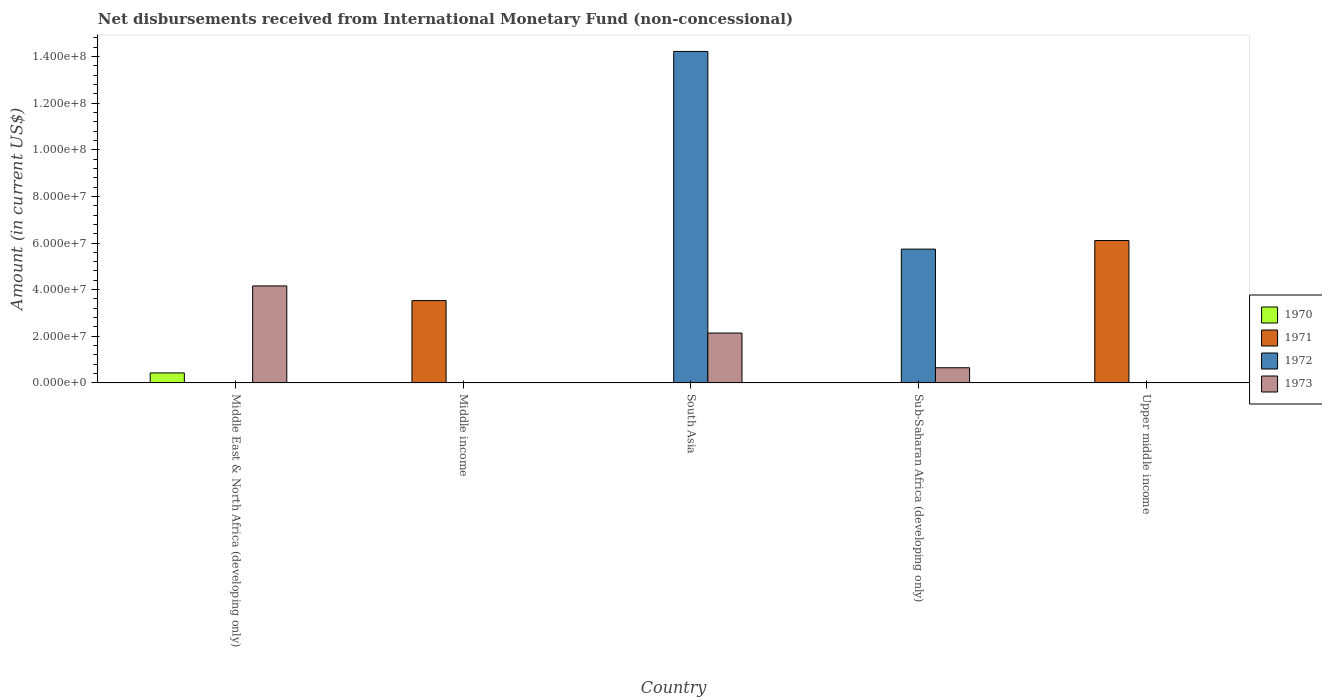
| Country | 1970 | 1971 | 1972 | 1973 |
 | --- | --- | --- | --- | --- |
 | Middle East & North Africa (developing only) | 4.3e+06 | -2.56e+06 | -8.06e+07 | 4.16e+07 |
 | Middle income | -1.57e+08 | 3.53e+07 | -9.49e+07 | -1.57e+08 |
 | South Asia | -4.59e+07 | -1.32e+07 | 1.42e+08 | 2.14e+07 |
 | Sub-Saharan Africa (developing only) | -4.43e+07 | -1.79e+07 | 5.74e+07 | 6.51e+06 |
 | Upper middle income | -1.31e+08 | 6.11e+07 | -1.02e+08 | -1.06e+08 |